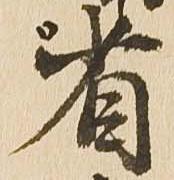
省